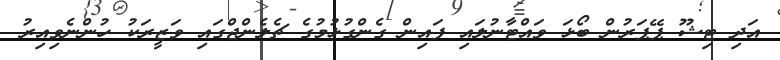
އަދި ޓިޝޫ ޕޭޕަރުން ބޯޅަ ވައްޓާނުލައި ފައިން ގެންގުޅުމުގެ ޗެލެންޖްގައި ވަޒީރަކު ހުންނެވިއިރު